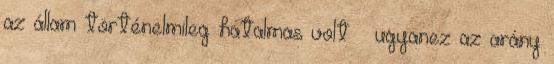
az állam történelmileg hatalmas volt – ugyanez az arány